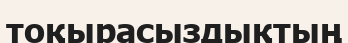
тоқырасыздықтың